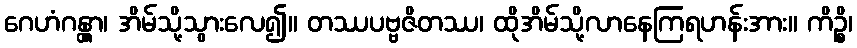
ဂေဟံဂန္တွာ၊ အိမ်သို့သွားလေ၍။ တဿပဗ္ဗဇိတဿ၊ ထိုအိမ်သို့လာနေကြရဟန်းအား။ ကိဉ္စိ၊